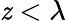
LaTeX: \mathit{z}<\lambda